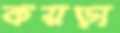
কয়ড়া